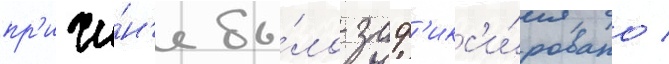
пр'ичи́н'е бы́ло заф'икс'и́ровано /